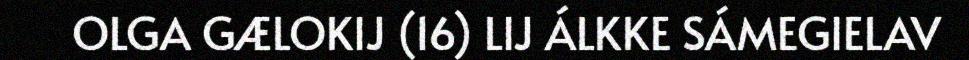
OLGA GÆLOKIJ (16) LIJ ÁLKKE SÁMEGIELAV